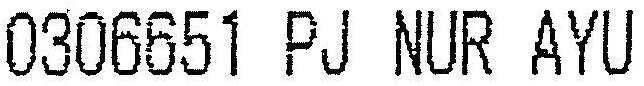
0306651 PJ NUR AYU